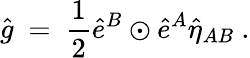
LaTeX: \hat{g}\ =\ \frac 12\hat{e}^{B}\odot\hat{e}^{A}\hat{\eta}_{AB}~.